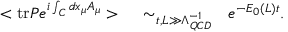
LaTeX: < \mathrm { t r } P e ^ { i \int _ { C } d x _ { \mu } A _ { \mu } } > ~ ~ ~ \sim _ { t , L \gg \Lambda _ { Q C D } ^ { - 1 } } ~ ~ e ^ { - E _ { 0 } ( L ) t } .